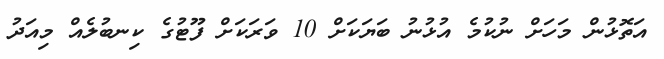
އަތޮޅުން މަހަށް ނުކުމެ އުޅުނު ބަޔަކަށް 10 ވަރަކަށް ފޫޓުގެ ކިނބުލެއް މިއަދު